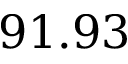
9 1 . 9 3